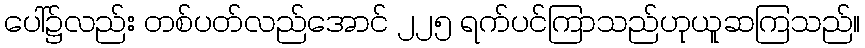
ပေါ်၌လည်း တစ်ပတ်လည်အောင် ၂၂၅ ရက်ပင်ကြာသည်ဟုယူဆကြသည်။